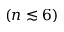
( n \lesssim 6 )